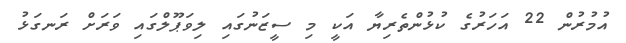
އުމުރުން 22 އަހަރުގެ ކުޅުންތެރިޔާ އަކީ މި ސީޒަނުގައި ލިވަޕޫލްގައި ވަރަށް ރަނގަޅު